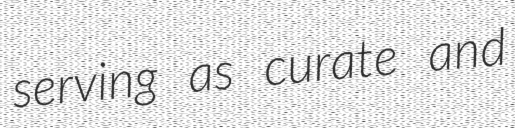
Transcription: serving as curate and